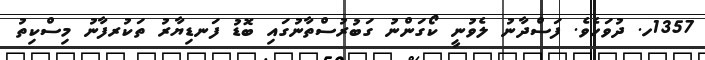
1357ހ. ދުވަހެވެ. ފަސްދާނު ލެވުނީ ކޯގަންނު ގަބުރުސްތާނުގައި ބޮޑު ފަނޑިޔާރު ތަކުރފާނު މިސްކިތު